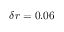
\delta r = 0 . 0 6